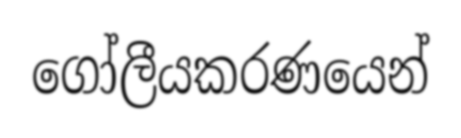
ගෝලීයකරණයෙන්